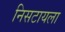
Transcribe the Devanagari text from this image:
निसटायला